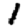
Digit: 1